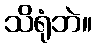
သိရုံဘဲ။